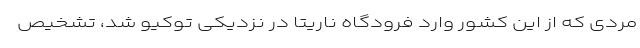
مردی که از این کشور وارد فرودگاه ناریتا در نزدیکی توکیو شد، تشخیص